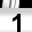
Digit: 1